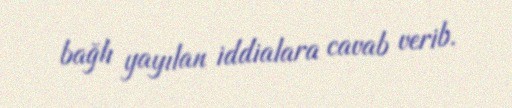
bağlı yayılan iddialara cavab verib.